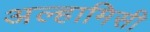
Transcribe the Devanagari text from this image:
अल्हामिसी